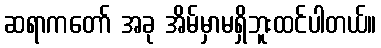
ဆရာကတော် အခု အိမ်မှာမရှိဘူးထင်ပါတယ်။